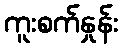
ကူးစက်နှုန်း